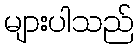
များပါသည်